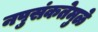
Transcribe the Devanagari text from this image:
नपुसंकतेमुळे